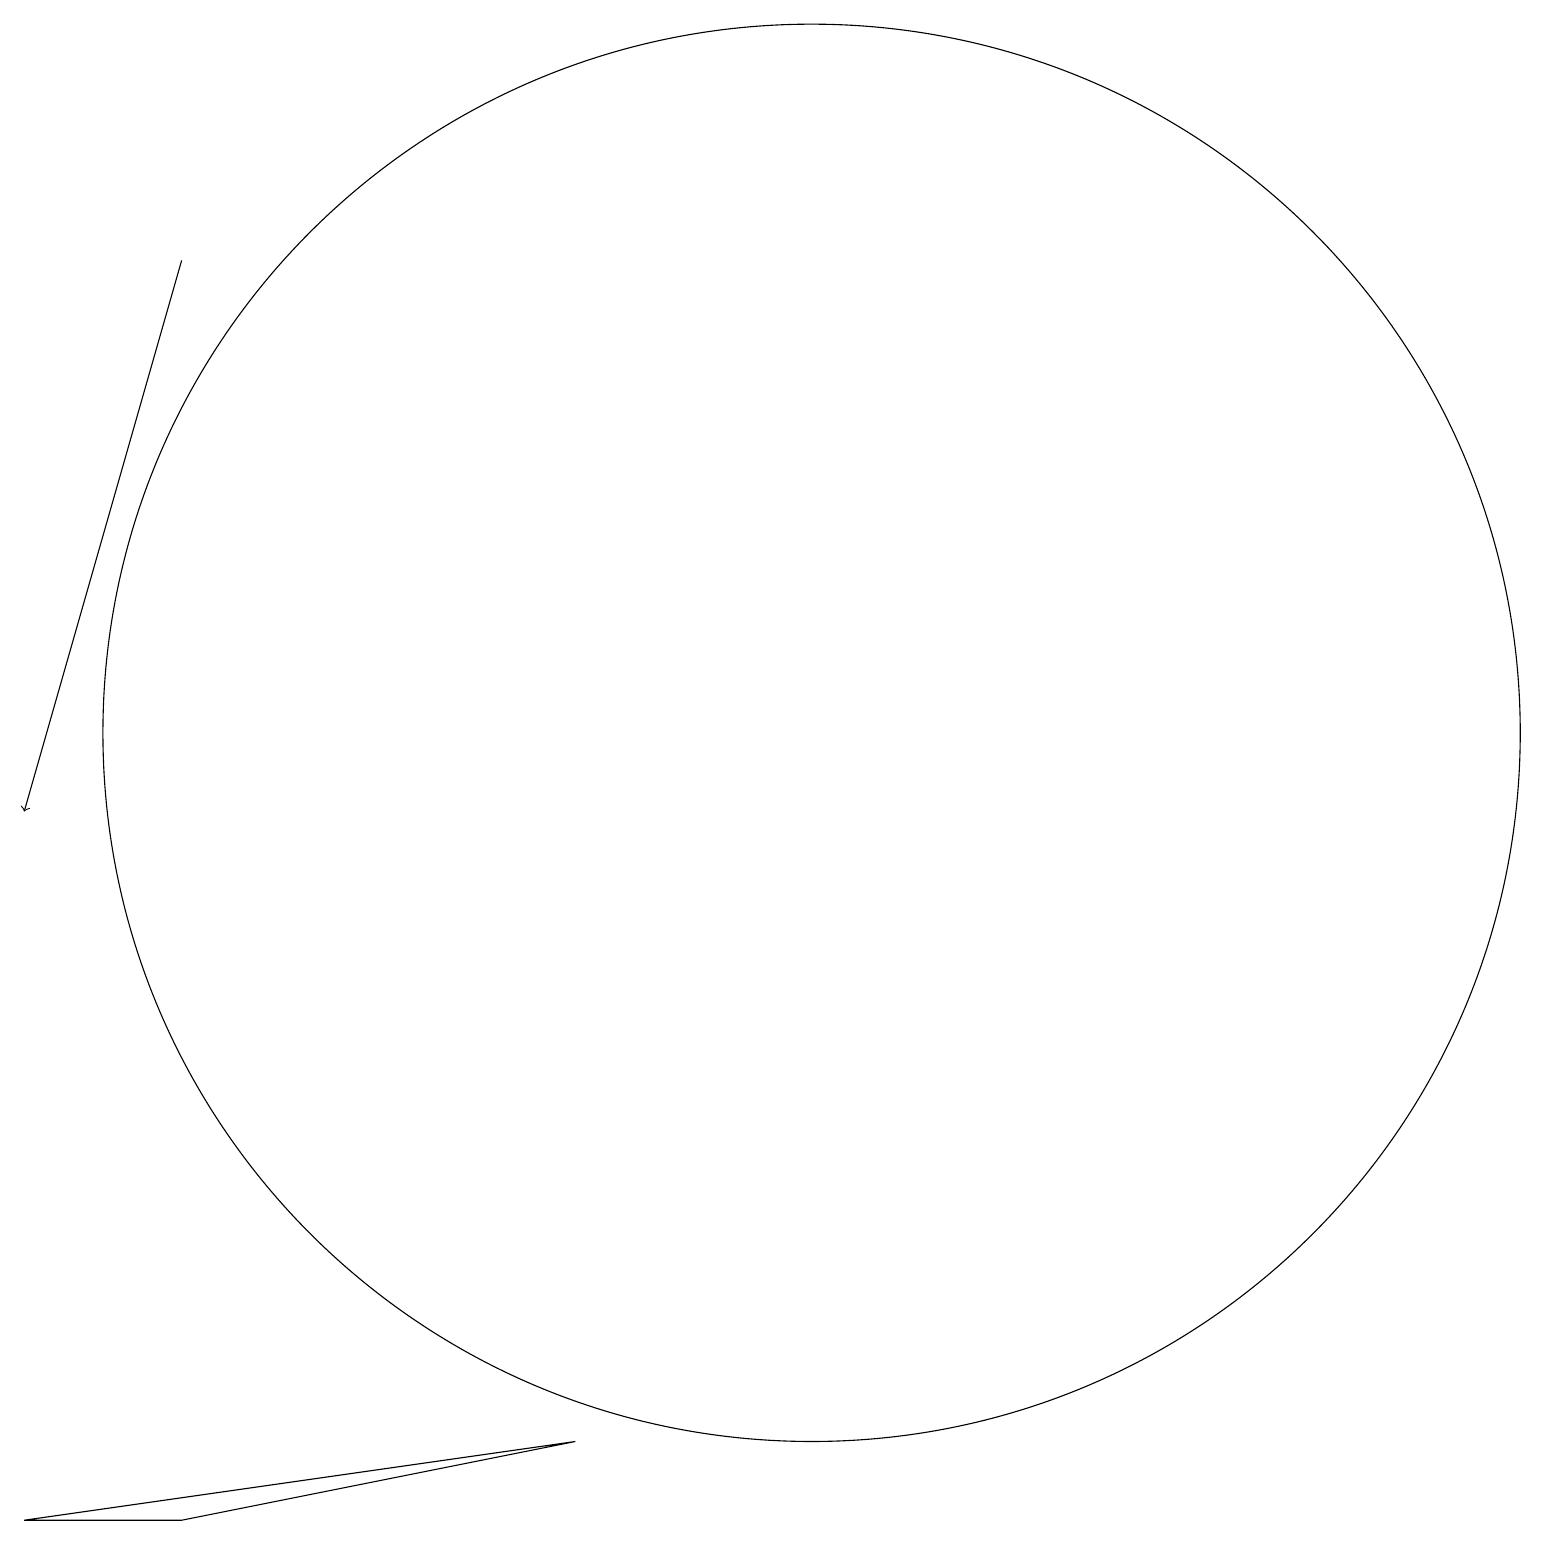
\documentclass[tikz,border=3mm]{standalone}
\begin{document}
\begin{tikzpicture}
\draw (11,12) circle (9);
\draw (3,2) -- (1,2) -- (8,3) -- cycle;
\draw[->] (3,18) -- (1,11);
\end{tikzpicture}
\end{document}